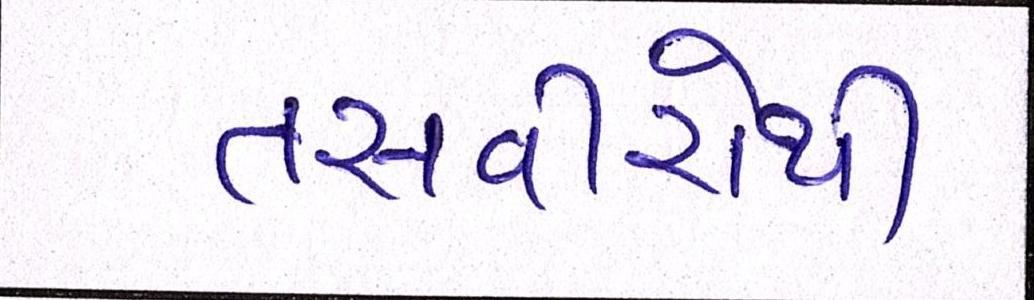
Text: તસવીરોથી